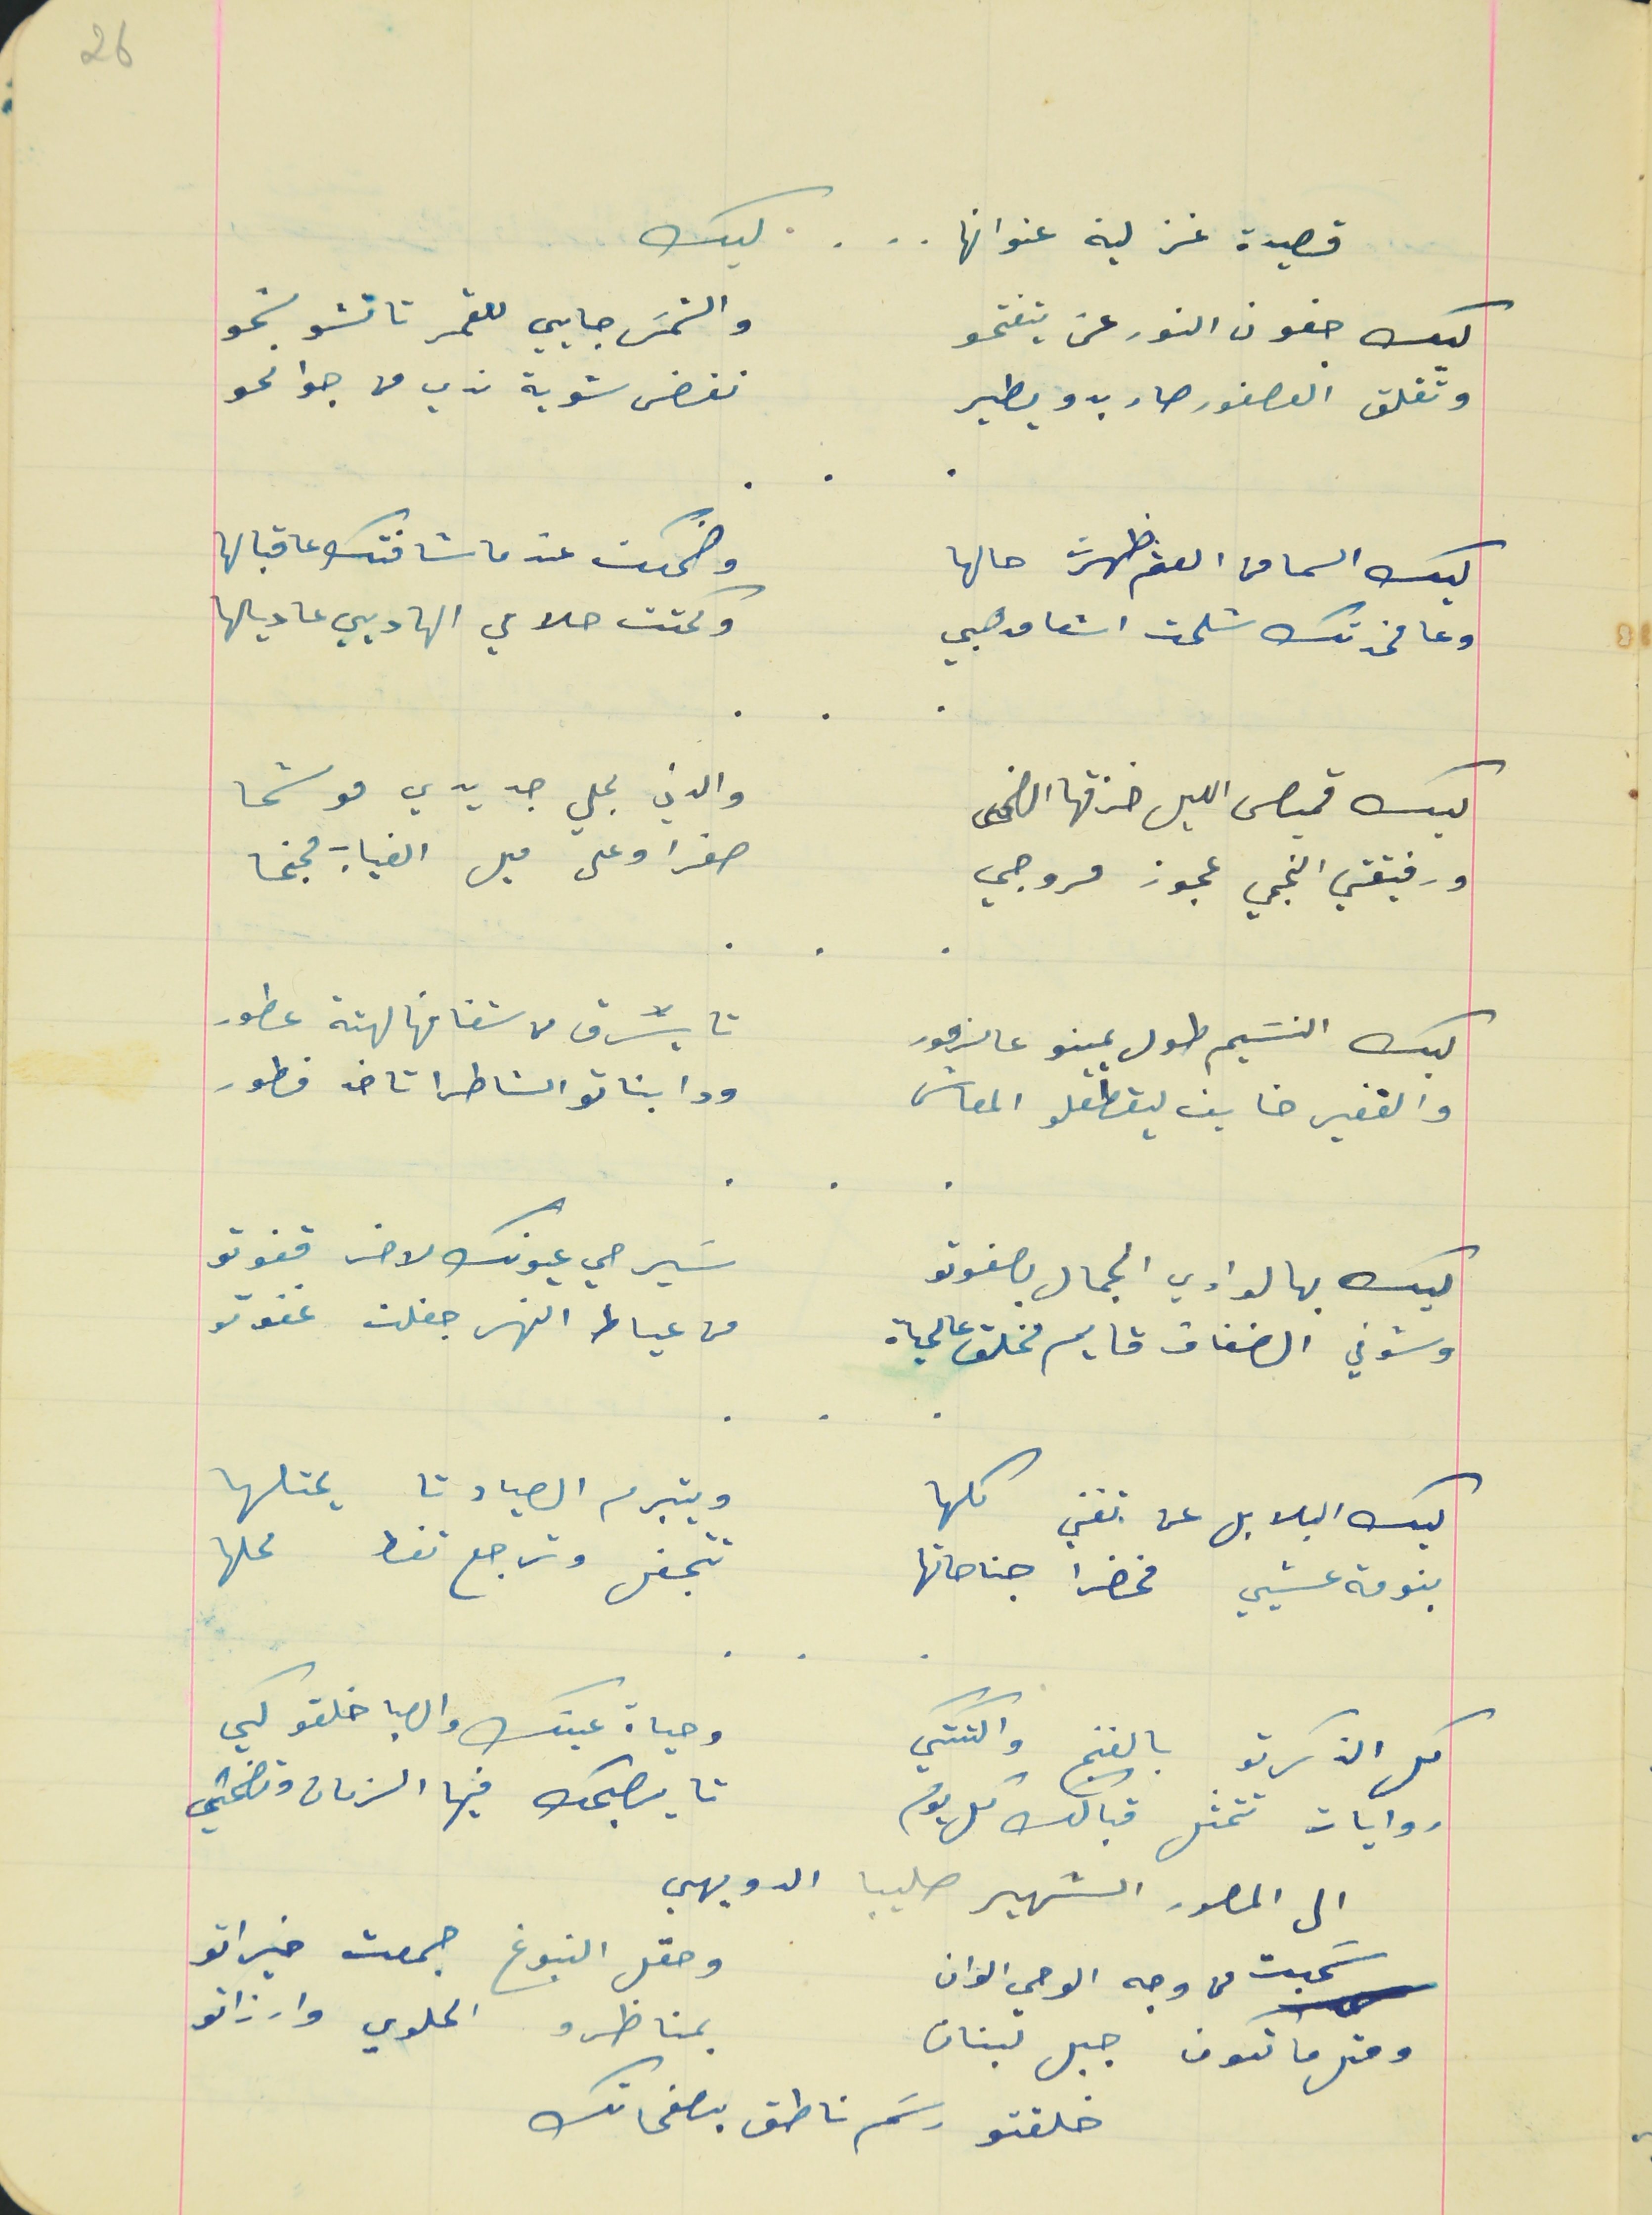
قصيدة غزلية عنوانها   .   .   .   ليك
ليك جفون النور عن يتفتحو                                        والشمسَ جايي للقمر تا تشوشحو
وتفلت العصفور صار بدو يطير                               نفض شوية ندي من جوانحو
ليك السما من العتم ظهرت حالها                                وضحكت عند ما شافتك عا قبالها
وعا مخدتك شلحت اشعا مدهبي                                وكحتت حلامي الهاديي عا ديالها
ليك قميص الليل خزقها الضحى                                  والدني بحلي جديدي موشحا
ورفيقتي النجمي عجوز مروجي                                 صفرا وعلى ميل الغياب مجنحا
ليك النسَيم طول يمينو عالزهور                                  تا يسَرق من شفافها لهتة عطور
والقفير خايف يقطعلو المعاش                                ودا بناتو الشاطرا تاخد فطور
           .    .    .
ليك بهالوادي الجمال بصفوتو                                    سَيرحي عيونك لاخر قفوتو
وشوفي الضفاف قايم مخلق عالمياه                          من عياط النهر جفلت غفوتو
             .    .    .
ليك البلابل عن تغني كلها                                      ويتبرم الصياد تا يحتلها
بنومة عشيي مخضرا جناحاتها                                  تتجفل وترجع تغط محلها
كل الذكرتو بالغنج والتكتكي                                           وحياة عينك والصبا خلقو لكي
روايات تتمثل قبالك كل يوم                                      تا يصبحك فيها الزمان وتضحكي
 الى المصور الشهير صليبا الدويهي
سَحبت من وجه الوحي الوان                                  وحقل النبوغ جمعت خيراتو
 ومتل ما تكون جبل لبنان                                       بمناظرو الحلوي وارزاتو
خلقتو رسَم ناطق بصفحاتك
26
    .    .    .
    .    .    .
    .    .    .
    .    .    .